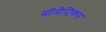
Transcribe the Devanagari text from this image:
सीमैन्टिकस